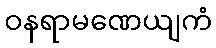
ဝနရာမဏေယျကံ